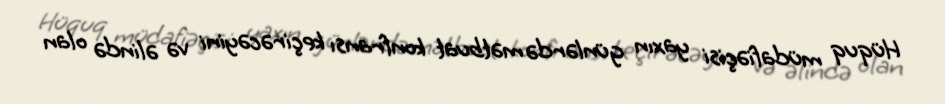
Hüquq müdafiəçisi yaxın günlərdə mətbuat konfransı keçirəcəyini və əlində olan